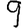
Digit: 9